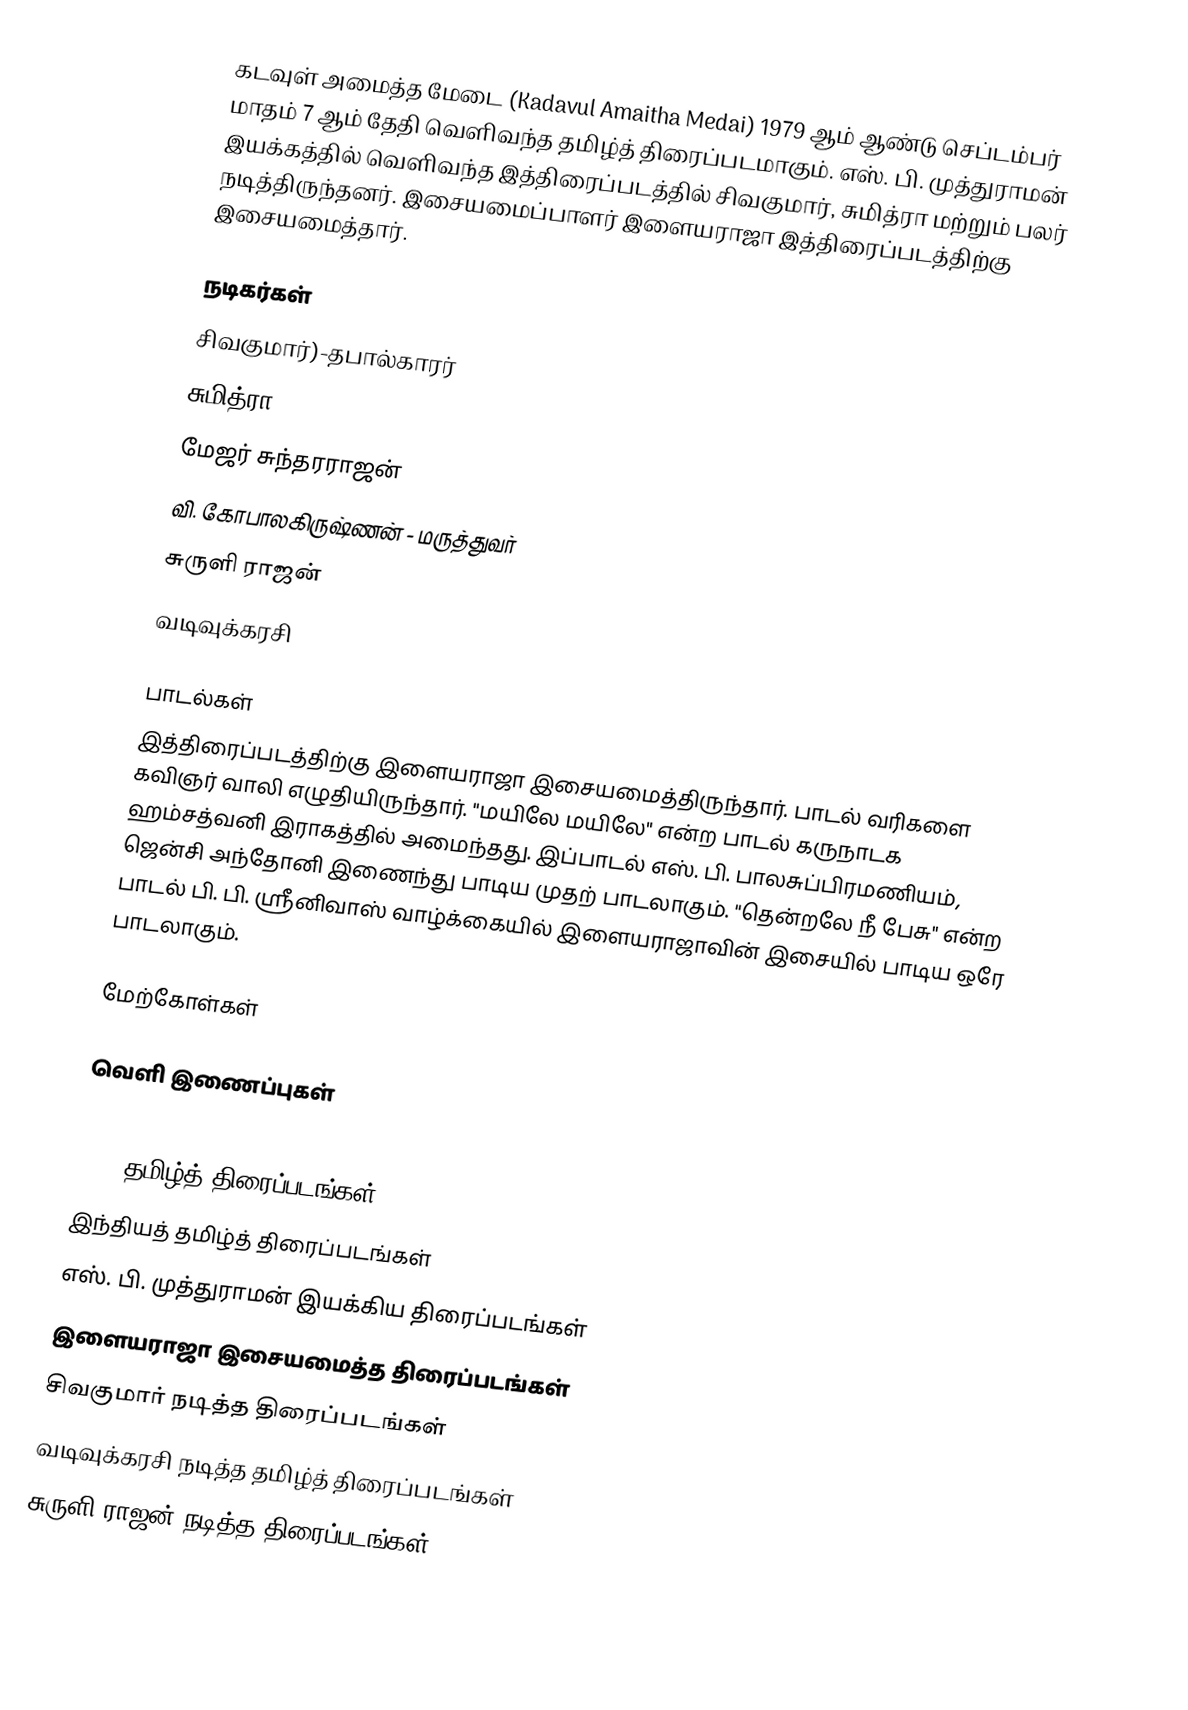
கடவுள் அமைத்த மேடை (Kadavul Amaitha Medai) 1979 ஆம் ஆண்டு செப்டம்பர் மாதம் 7 ஆம் தேதி வெளிவந்த தமிழ்த் திரைப்படமாகும். எஸ். பி. முத்துராமன் இயக்கத்தில் வெளிவந்த இத்திரைப்படத்தில் சிவகுமார், சுமித்ரா மற்றும் பலர் நடித்திருந்தனர். இசையமைப்பாளர் இளையராஜா இத்திரைப்படத்திற்கு இசையமைத்தார்.

நடிகர்கள்
சிவகுமார்)-தபால்காரர்
சுமித்ரா
மேஜர் சுந்தரராஜன்
வி. கோபாலகிருஷ்ணன் - மருத்துவர்
சுருளி ராஜன்
வடிவுக்கரசி

பாடல்கள்
இத்திரைப்படத்திற்கு இளையராஜா இசையமைத்திருந்தார். பாடல் வரிகளை கவிஞர் வாலி எழுதியிருந்தார். "மயிலே மயிலே" என்ற பாடல் கருநாடக ஹம்சத்வனி இராகத்தில் அமைந்தது. இப்பாடல் எஸ். பி. பாலசுப்பிரமணியம், ஜென்சி அந்தோனி இணைந்து பாடிய முதற் பாடலாகும். "தென்றலே நீ பேசு" என்ற பாடல் பி. பி. ஸ்ரீனிவாஸ் வாழ்க்கையில் இளையராஜாவின் இசையில் பாடிய ஒரே பாடலாகும்.

மேற்கோள்கள்

வெளி இணைப்புகள்

1979 தமிழ்த் திரைப்படங்கள்
இந்தியத் தமிழ்த் திரைப்படங்கள்
எஸ். பி. முத்துராமன் இயக்கிய திரைப்படங்கள்
இளையராஜா இசையமைத்த திரைப்படங்கள்
சிவகுமார் நடித்த திரைப்படங்கள்
வடிவுக்கரசி நடித்த தமிழ்த் திரைப்படங்கள்
சுருளி ராஜன் நடித்த திரைப்படங்கள்